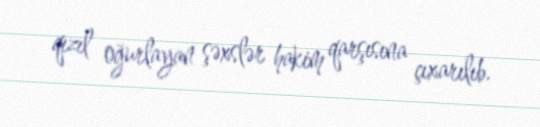
qızıl oğurlayan şəxslər hakim qarşısına çıxarılıb.